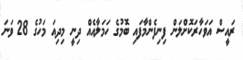
ރައީސް އަވަހާރަކޮށްލަން ފިނިފެންމާފައި ބޮމުގެ ހަމަލާއެއް ދިނީ މިދިއަ މަހުގެ 28 ވަނަ